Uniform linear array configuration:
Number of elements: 32
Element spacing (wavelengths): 1
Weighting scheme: kaiser
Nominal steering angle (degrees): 45
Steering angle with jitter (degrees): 45.167
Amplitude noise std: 0.05
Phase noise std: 0.05

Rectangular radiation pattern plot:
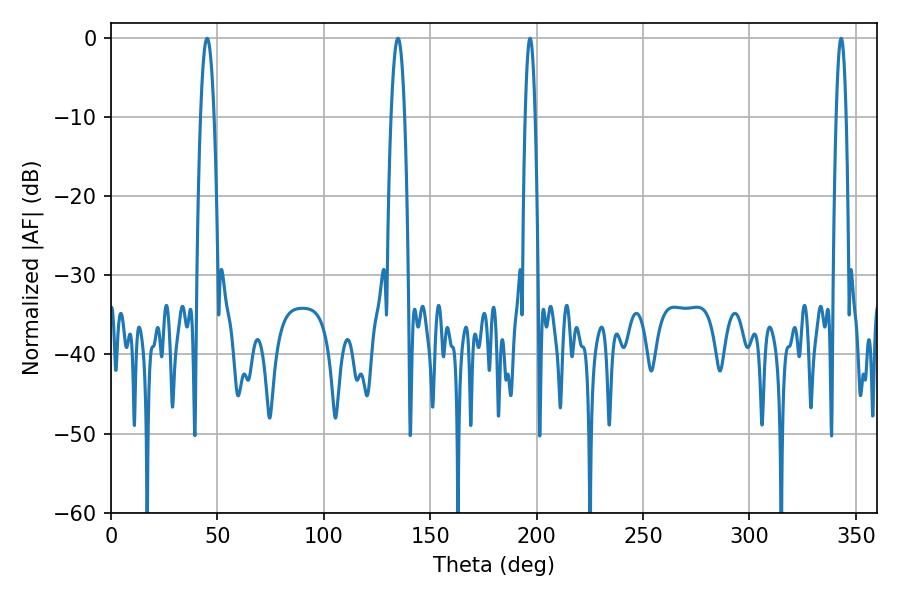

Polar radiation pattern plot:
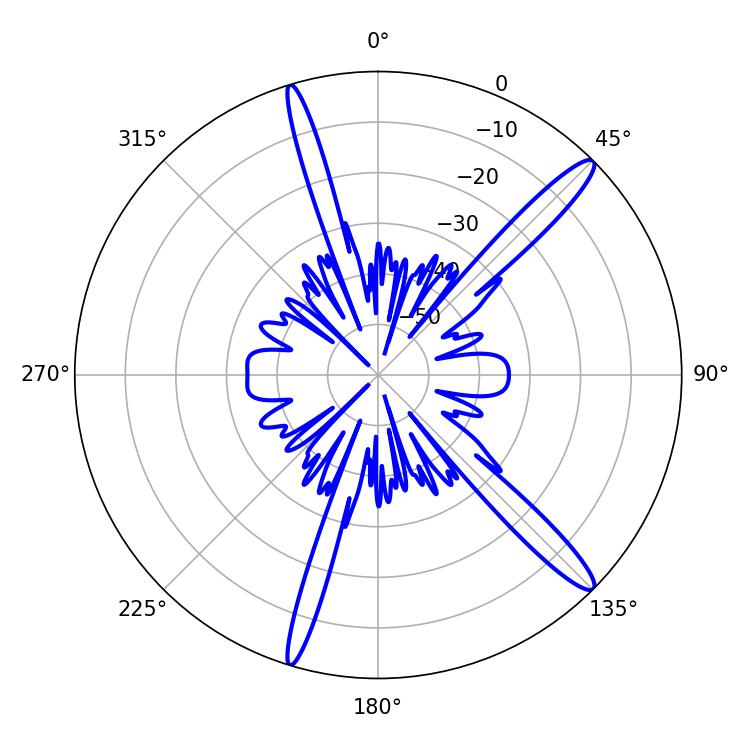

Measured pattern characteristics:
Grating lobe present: TRUE
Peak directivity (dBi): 14.822
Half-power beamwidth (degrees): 2.52
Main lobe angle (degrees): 196.92